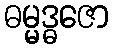
ဓမ္မဒ္ဓဇော